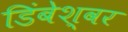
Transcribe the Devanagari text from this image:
डिंबेश्वर